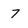
Character: 7